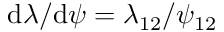
\mathrm d \lambda / \mathrm d \psi = \lambda _ { 1 2 } / \psi _ { 1 2 }